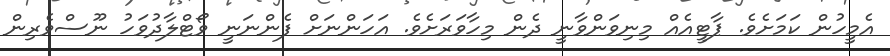
އެމީހުން ކަމަށެވެ. ޕާޓީއެއް މިނިވަންވާނީ ދެން މިހާވަރަށެވެ. އަހަންނަށް ފެންނަނީ ވޯޓްލާދުވަހު ނޫސްވެރިން